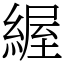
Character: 䌂